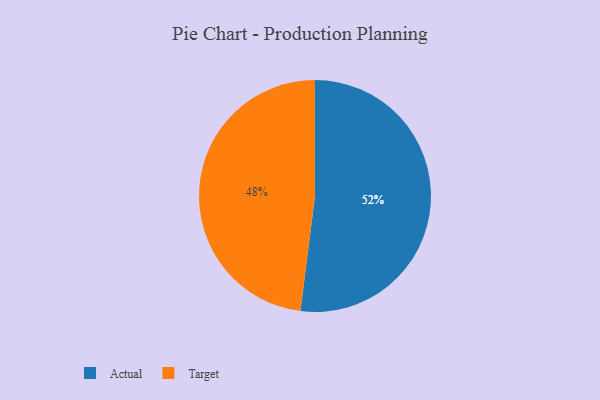
{"axis": {"x": "Category", "y": "Percentage"}, "legend": ["Actual", "Target"], "data": [{"x": "Actual", "y": 52, "type": "Actual"}, {"x": "Target", "y": 48, "type": "Target"}]}